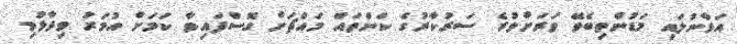
އަޅާނުލައި މަޑުންތިބެވޭ ވަރަށްވުރެ ސަރުކާރުގެ ކަންތައް މައްޗަށް ގޮސްފައިވާ ކަމަށް އުމަރު ވިދާޅުވި